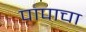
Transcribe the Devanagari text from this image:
पापाचा